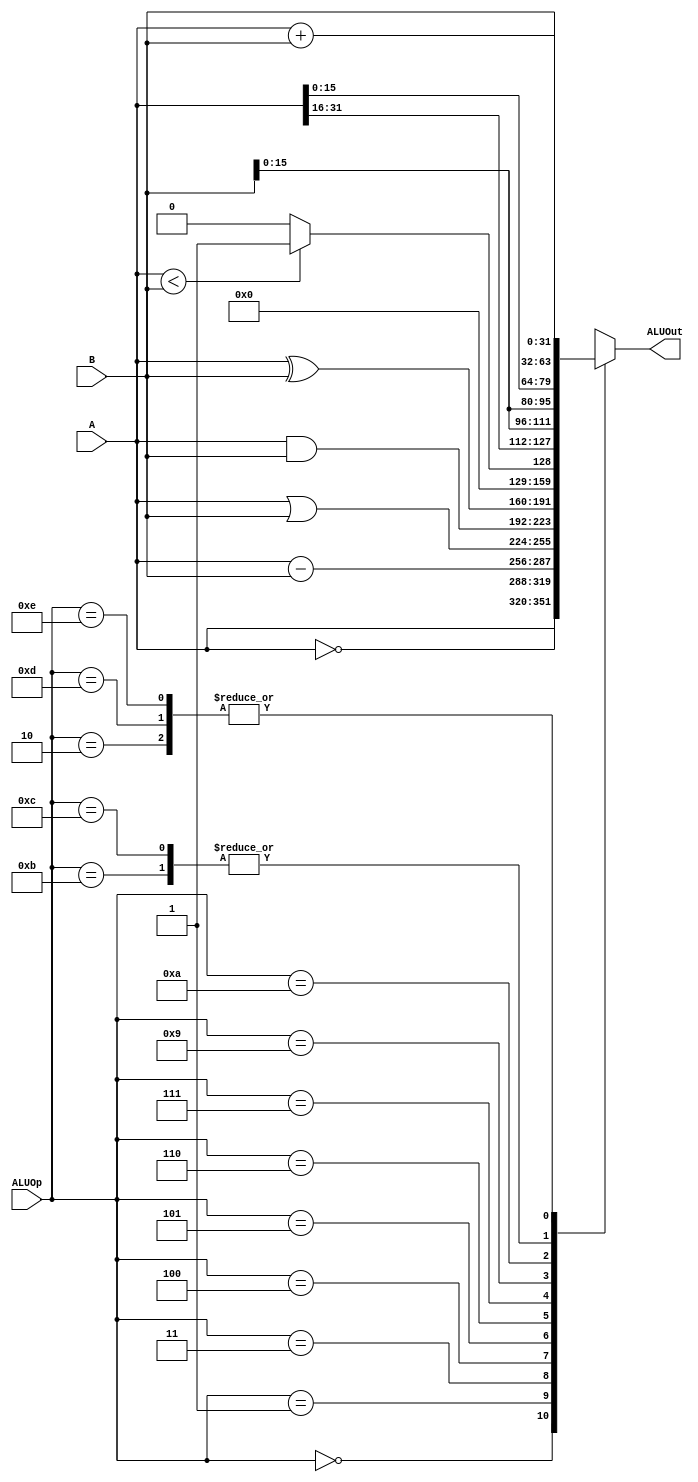
`timescale 1ns / 1ps
//////////////////////////////////////////////////////////////////////////////////
// Company: 
// Engineer: 
// 
// Design Name: 
// Module Name:    ALU 
// Project Name: 
// Target Devices: 
// Tool versions: 
// Description: 
//
// Dependencies: 
//
// Revision: 
// Revision 0.01 - File Created
// Additional Comments: 
//
//////////////////////////////////////////////////////////////////////////////////
module ALU(ALUOut,A,B,ALUOp);
parameter					 	word_size = 32;
input 	[word_size-1:0] 	A,B;
input 	[3:0] ALUOp;
output 	[word_size - 1:0] ALUOut;
// ------- ideal ALU --------
function [word_size-1:0]		ALU_ideal;  // include c_out;
input		[word_size-1:0] 	R2, R3;
input		[3:0]					ALUOp;
			
	begin
	case (ALUOp)
	'b0000: ALU_ideal = R2;
	'b0001: ALU_ideal = ~R2;
	'b0010: ALU_ideal = (R2 + R3);
	'b0011: ALU_ideal = (R2 - R3);
	'b0100: ALU_ideal = (R2 | R3);
	'b0101: ALU_ideal = (R2 & R3);
	'b0110: ALU_ideal = (R2 ^ R3);
	'b0111: ALU_ideal = (($signed(R2) < $signed(R3))? 1:0);	
	'b1001: ALU_ideal = {R2[31:16],R3[15:0]}; // LI
	'b1010: ALU_ideal = {R3[15:0],R2[15:0]}; // LUI
	'b1011: ALU_ideal = R3;						// LWI
	'b1100: ALU_ideal = R3;						// SWI
	'b1101: ALU_ideal = (R2 + R3);				// LW
	'b1110: ALU_ideal = (R2 + R3);				// SW
	endcase
	end

endfunction

assign ALUOut = ALU_ideal(A,B,ALUOp);

endmodule